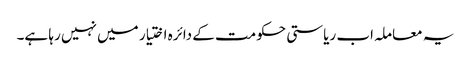
یہ معاملہ اب ریاستی حکومت کے دائرہ اختیار میں نہیں رہا ہے۔